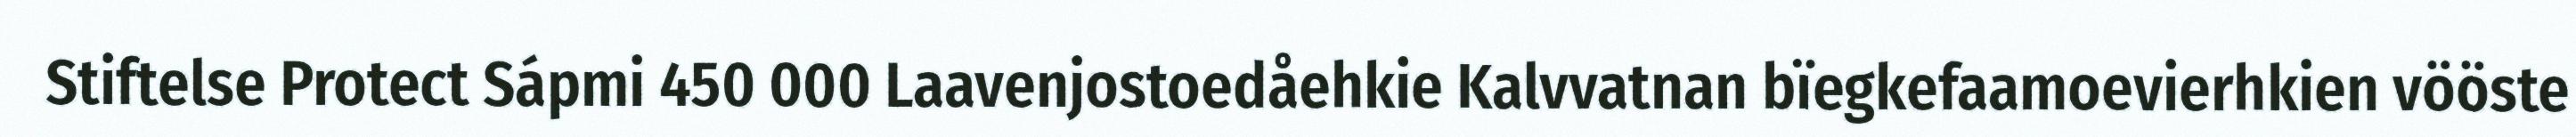
Stiftelse Protect Sápmi 450 000 Laavenjostoedåehkie Kalvvatnan bïegkefaamoevierhkien vööste